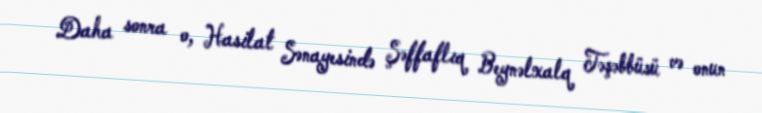
Daha sonra o, Hasilat Sənayesində Şəffaflıq Beynəlxalq Təşəbbüsü və onun